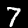
Digit: 7